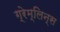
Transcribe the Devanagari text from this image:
ग्रेम्लिन्स